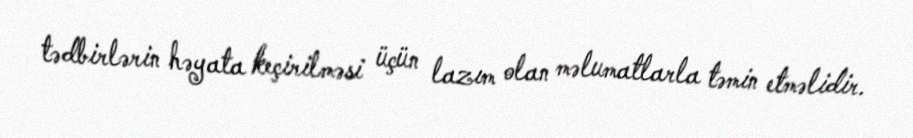
tədbirlərin həyata keçirilməsi üçün lazım olan məlumatlarla təmin etməlidir.